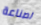
لصناعة